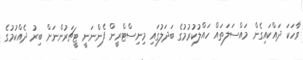
ވާހަކަ ދައްކައިގެން މައްސަލަތައް ހައްލުކުރުމުގެ ބަދަލުގައި މިނިސްޓްރީން ފެންނަނީ ޓީޗަރުންނަށް ބިރު ދެއްކުމުގެ